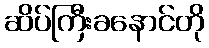
ဆိပ်ကြီးခနောင်တို